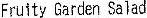
FRUITY GARDEN SALAD